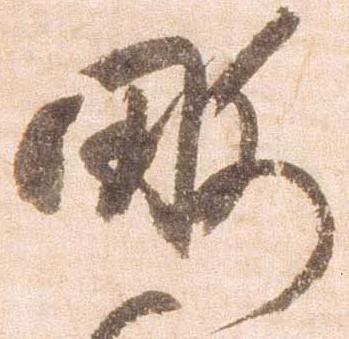
略